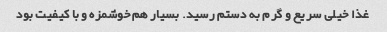
غذا خیلی سریع و گرم به دستم رسید. بسیار هم خوشمزه و با کیفیت بود